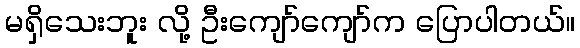
မရှိသေးဘူး လို့ ဦးကျော်ကျော်က ပြောပါတယ်။